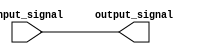
module io_block_lowpower_buffer (
    input wire [7:0] input_signal,
    output wire [7:0] output_signal
);

// Verilog code for I/O Blocks Low-power buffer

// Define parameters for configurable drive strength
parameter DRIVE_STRENGTH = 4; // Default drive strength

// Define parameters for slew rate control
parameter SLEW_RATE = 2; // Default slew rate control

// Define parameters for input hysteresis
parameter HYSTERESIS = 2; // Default input hysteresis

// Implement buffer logic
assign output_signal = input_signal;

endmodule